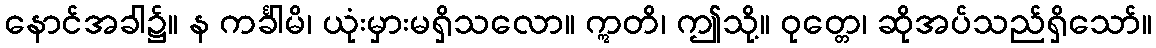
နောင်အခါ၌။ န ကင်္ခါမိ၊ ယုံးမှားမရှိသလော။ ဣတိ၊ ဤသို့။ ဝုတ္တေ၊ ဆိုအပ်သည်ရှိသော်။